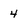
Character: 4